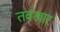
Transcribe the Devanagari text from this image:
तवखार